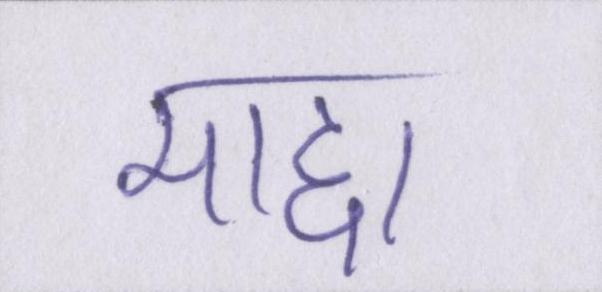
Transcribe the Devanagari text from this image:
माद्दा